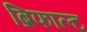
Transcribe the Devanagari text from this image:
ब्रिफाल्ट